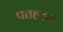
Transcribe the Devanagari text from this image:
पतहत्तर